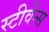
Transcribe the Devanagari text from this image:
स्टीवेंन्स